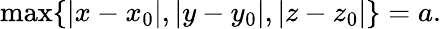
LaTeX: \operatorname*{max}\{ |x-x_{0}|,|y-y_{0}|,|z-z_{0}|\} =a.